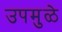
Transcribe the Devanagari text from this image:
उपमुळे